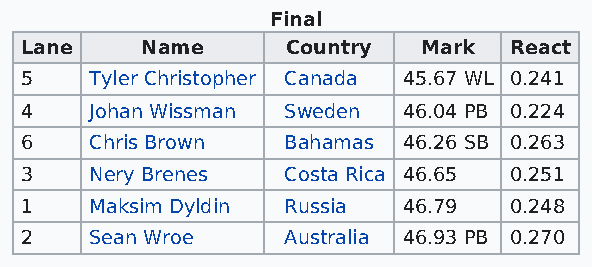
Final
 Lane    Name      Country  Mark  React
 5    Tyler Christopher Canada 45.67 WL 0.241
 4    Johan Wissman Sweden 46.04 PB 0.224
 6    Chris Brown  Bahamas 46.26 SB 0.263
 3    Nery Brenes  Costa Rica 46.65 0.251
 1    Maksim Dyldin Russia 46.79  0.248
 2    Sean Wroe    Australia 46.93 PB 0.270